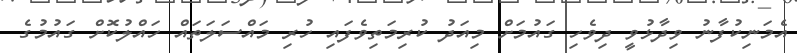
އެމަނިކުފާނު ވިދާޅުވީ ދިވެހި ގައުމަށް މިއަދު ކުރިމަތިވެފައި ހުރި މައްސަލަތައް ހައްލުކޮށް ގައުމުގެ